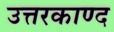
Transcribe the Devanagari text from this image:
उत्तरकाण्द